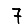
Digit: 7